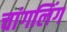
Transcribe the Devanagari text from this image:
चांगलिंग